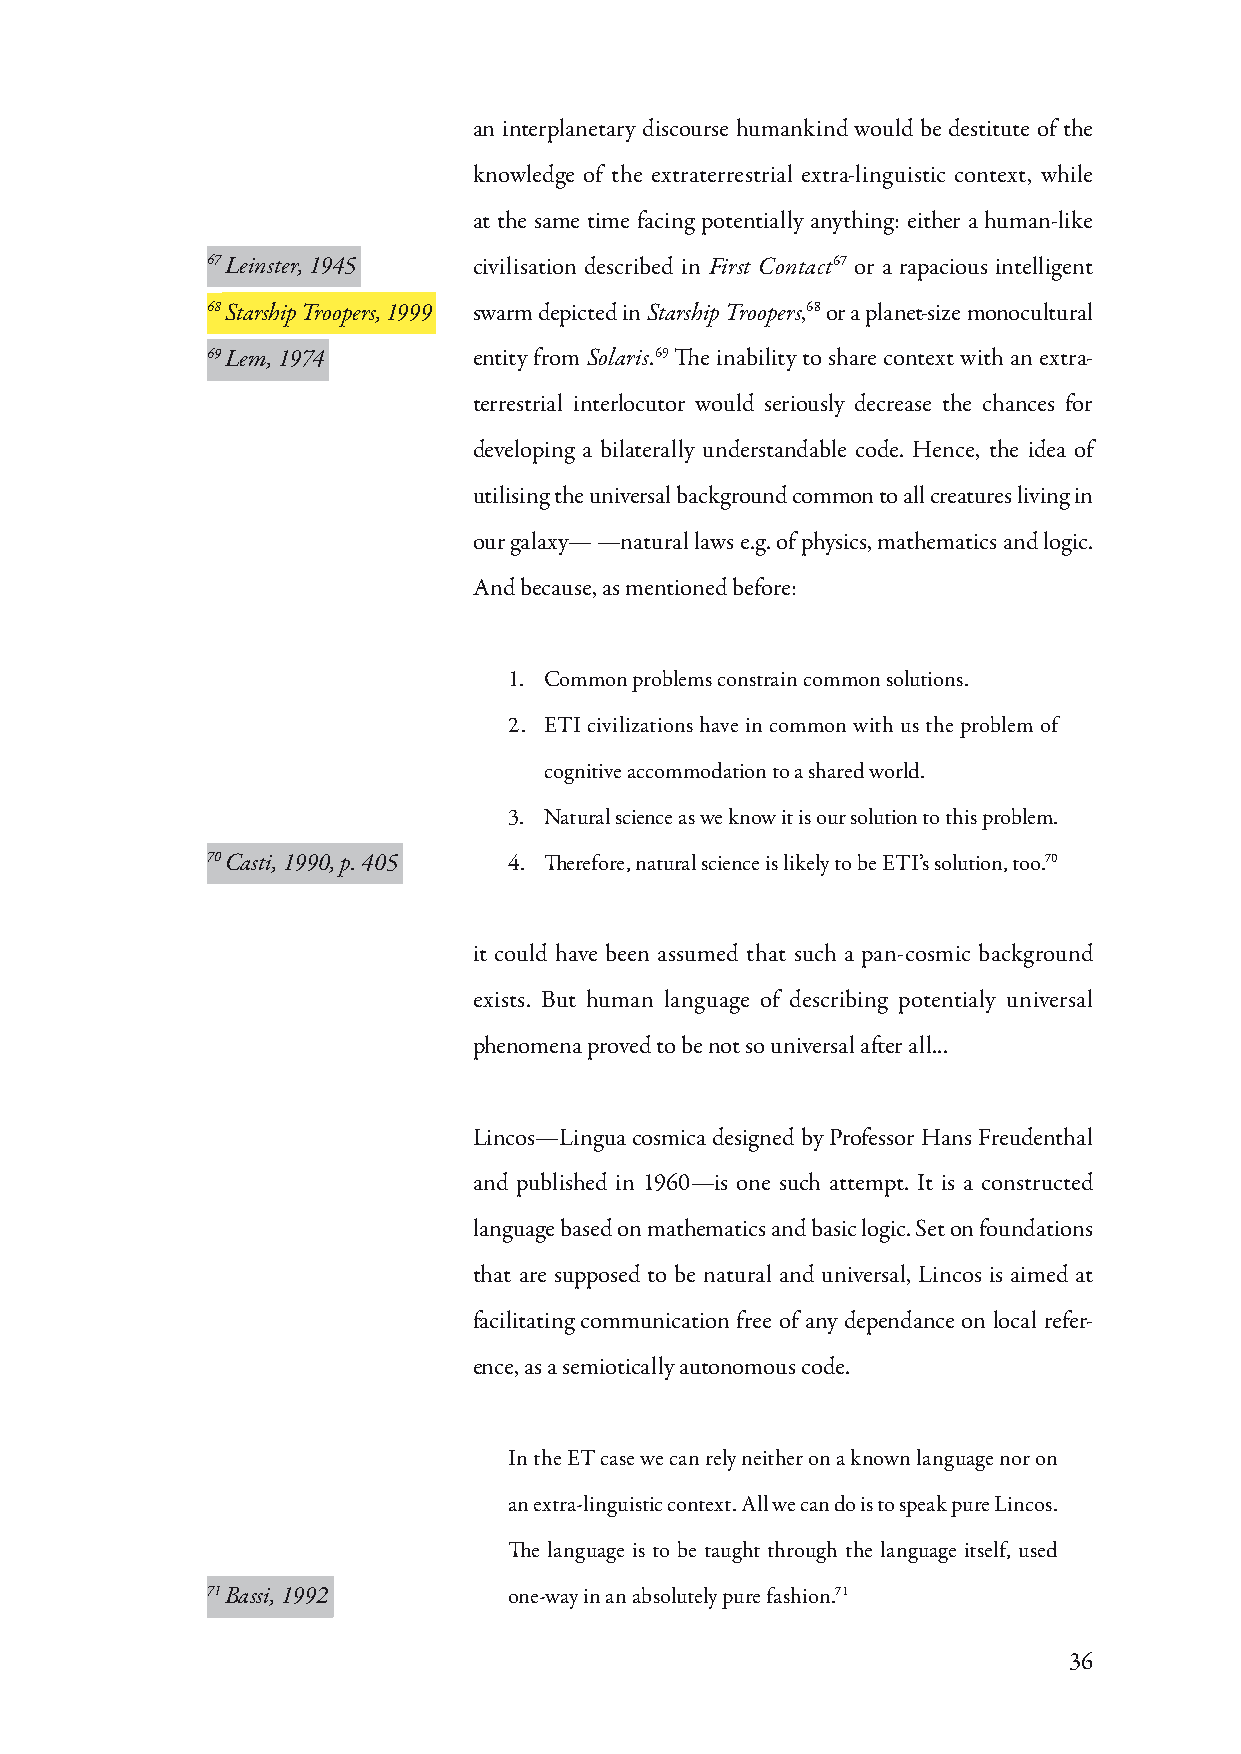
an interplanetary discourse humankind would be destitute of the
 knowledge of the extraterrestrial extra-linguistic context, while
 at the same time facing potentially anything: either a human-like
 67 Leinster, 1945 civilisation described in First Contact67 or a rapacious intelligent
 68 Starship Troopers, 1999 swarm depicted in Starship Troopers,68 or a planet-size monocultural
 69 Lem, 1974     entity from Solaris.69 The inability to share context with an extra-
 terrestrial interlocutor would seriously decrease the chances for
 developing a bilaterally understandable code. Hence, the idea of
 utilising the universal background common to all creatures living in
 our galaxy— —natural laws e.g. of physics, mathematics and logic.
 And because, as mentioned before:
 1. Common problems constrain common solutions.
 2. ETI civilizations have in common with us the problem of
 cognitive accommodation to a shared world.
 3. Natural science as we know it is our solution to this problem.
 70 Casti, 1990, p. 405 4. Therefore, natural science is likely to be ETI’s solution, too.70
 it could have been assumed that such a pan-cosmic background
 exists. But human language of describing potentialy universal
 phenomena proved to be not so universal after all...
 Lincos—Lingua cosmica designed by Professor Hans Freudenthal
 and published in 1960—is one such attempt. It is a constructed
 language based on mathematics and basic logic. Set on foundations
 that are supposed to be natural and universal, Lincos is aimed at
 facilitating communication free of any dependance on local refer-
 ence, as a semiotically autonomous code.
 In the ET case we can rely neither on a known language nor on
 an extra-linguistic context. All we can do is to speak pure Lincos.
 The language is to be taught through the language itself, used
 71 Bassi, 1992      one-way in an absolutely pure fashion.71
 36